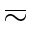
\eqsim